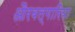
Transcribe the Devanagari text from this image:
औरबल्गारिया